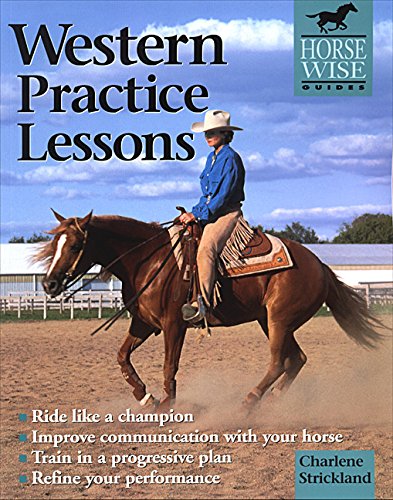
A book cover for Western Practice Lessons: Ride Like a Champion, Improve Communication with Your Horse, Train in a Progressive Plan,  Refine Your Performance (Horse Wise Guides); Charlene Strickland; Sports & Outdoors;